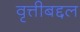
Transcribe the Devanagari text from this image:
वृत्तीबद्दल